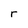
Character: r